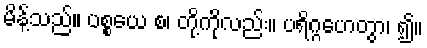
မိန့်သည်။ ပစ္စယေ စ၊ တို့ကိုလည်း။ ပရိဂ္ဂဟေတွာ၊ ၍။